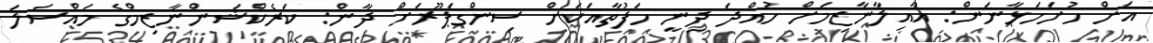
އަށް ހުށަހަޅާނަން: އާއިލާނާޒިމަށް ހުއްދަ ދިނީ ހަފުތާއަކަށް ސިންގަޕޫރަށް ދާން: ކަރެކްޝަންނާޒިމްގެ މައްސަލަ